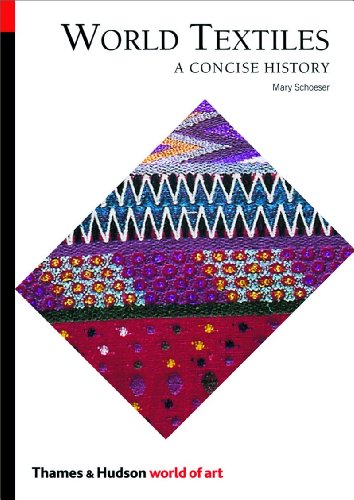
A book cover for World Textiles: A Concise History (World of Art); Mary Schoeser; Crafts, Hobbies & Home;